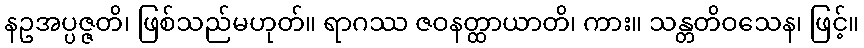
နဥအပ္ပဇ္ဇတိ၊ ဖြစ်သည်မဟုတ်။ ရာဂဿ ဇဝနတ္ထာယာတိ၊ ကား။ သန္တတိဝသေန၊ ဖြင့်။